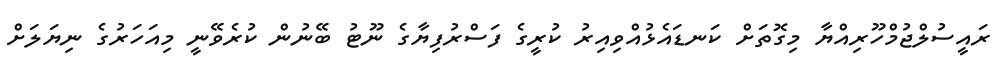
ރައީސުލްޖުމްހޫރިއްޔާ މިގޮތަށް ކަނޑައެޅުއްވިއިރު ކުރީގެ ފަސްރުފިޔާގެ ނޫޓު ބޭނުން ކުރެވޭނީ މިއަހަރުގެ ނިޔަލަށް